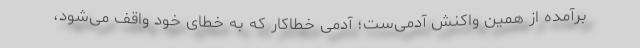
برآمده از همین واکنش آدمی‌ست؛ آدمی خطاکار که به خطای خود واقف می‌شود،